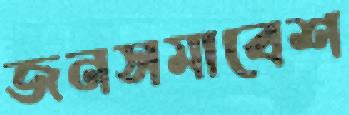
জনসমাবেশ